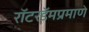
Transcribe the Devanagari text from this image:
रॉटरडॅमप्रमाणे